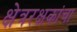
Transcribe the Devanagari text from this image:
क्षेत्ररक्षकांचा